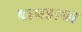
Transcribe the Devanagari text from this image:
पापडाचा